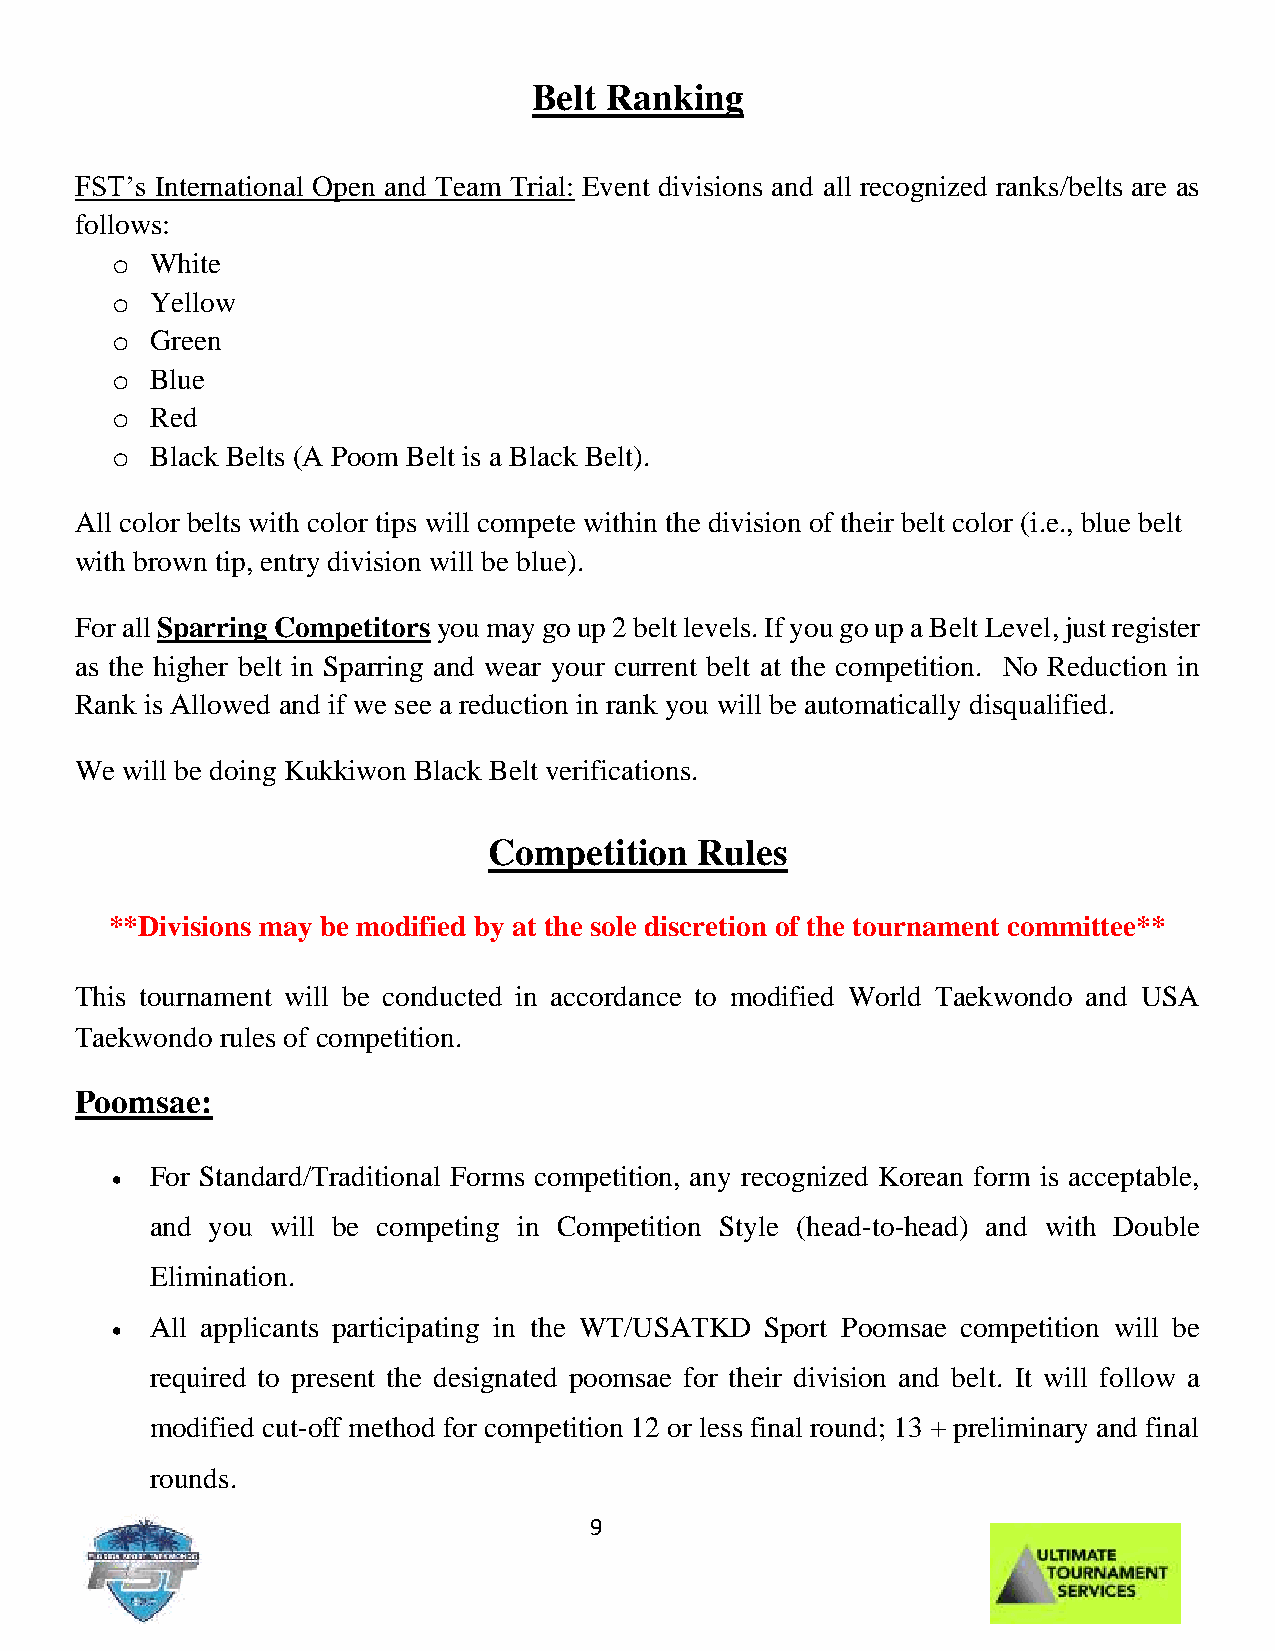
Belt Ranking
 FST’s International Open and Team Trial: Event divisions and all recognized ranks/belts are as
 follows:
 o  White
 o  Yellow
 o  Green
 o  Blue
 o  Red
 o  Black Belts (A Poom Belt is a Black Belt).
 All color belts with color tips will compete within the division of their belt color (i.e., blue belt
 with brown tip, entry division will be blue).
 For all Sparring Competitors you may go up 2 belt levels. If you go up a Belt Level, just register
 as the higher belt in Sparring and wear your current belt at the competition. No Reduction in
 Rank is Allowed and if we see a reduction in rank you will be automatically disqualified.
 We will be doing Kukkiwon Black Belt verifications.
 Competition   Rules
 **Divisions may be modified by at the sole discretion of the tournament committee**
 This tournament will be conducted in accordance to modified World Taekwondo and USA
 Taekwondo rules of competition.
 Poomsae:
 For Standard/Traditional Forms competition, any recognized Korean form is acceptable,
 •
 and you will be competing in Competition Style (head-to-head) and with Double
 Elimination.
 All applicants participating in the WT/USATKD Sport Poomsae competition will be
 •
 required to present the designated poomsae for their division and belt. It will follow a
 modified cut-off method for competition 12 or less final round; 13 + preliminary and final
 rounds.
 9